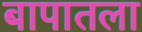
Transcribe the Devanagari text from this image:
बापातला